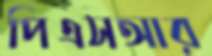
পিএসআর